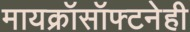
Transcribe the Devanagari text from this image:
मायक्रॉसॉफ्टनेही